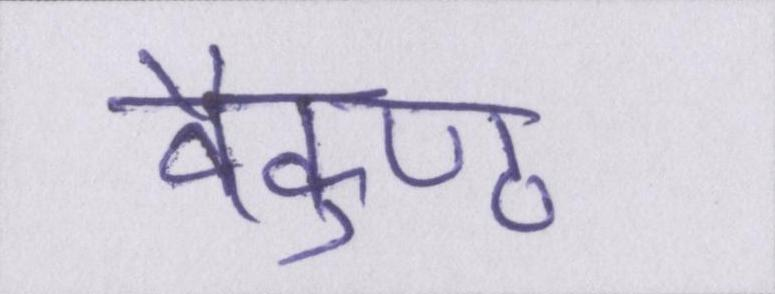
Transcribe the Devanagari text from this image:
वैकुण्ठ